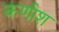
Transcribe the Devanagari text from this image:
कणीश